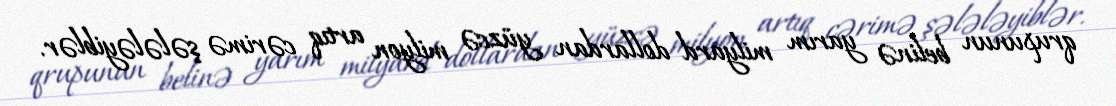
qrupunun belinə yarım milyard dollardan yüzcə milyon artıq cərimə şələləyiblər.